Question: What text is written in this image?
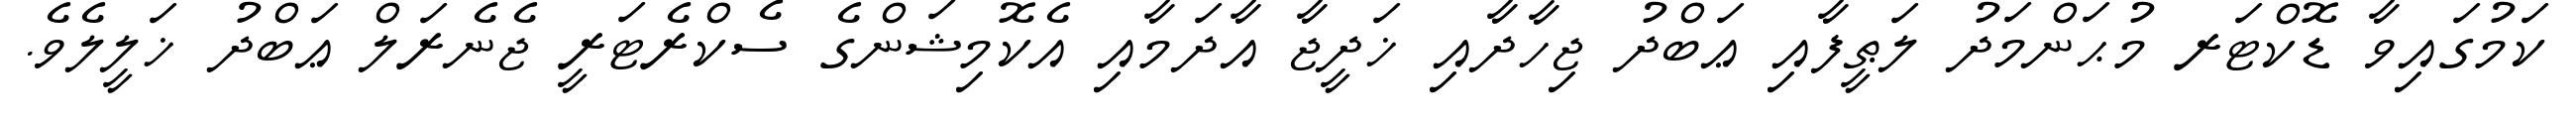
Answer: ކަމުގައިވާ ޑޮކްޓަރ މުޙަންމަދު ލަޠީފާއި ޢަބްދު ޖިހާދާއި ޚަދީޖާ އާދަމާއި އެކޮމިޝަންގެ ސެކްރެޓަރީ ޖެނެރަލް ޢަބްދު ޚަލީލެވެ.